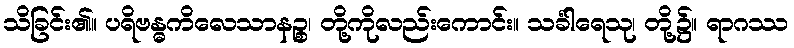
သိခြင်း၏။ ပရိဗန္ဓကိလေသာနဉ္စ၊ တို့ကိုလည်းကောင်း။ သင်္ခါရေသု၊ တို့၌။ ရာဂဿ